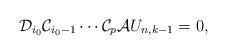
LaTeX: \begin{align*} \mathcal D_{i_0} \mathcal C_{i_0-1} \cdots \mathcal C_{p} \mathcal A U_{n,k-1} = 0,\end{align*}